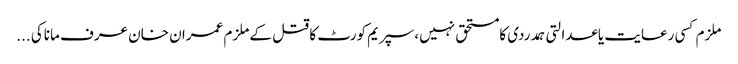
ملزم کسی رعایت یاعدالتی ہمدردی کامستحق نہیں،سپریم کورٹ کا قتل کے ملزم عمران خان عرف ماناکی ...